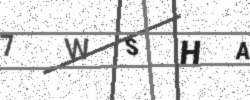
Text: 7WSHA